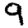
Digit: 9